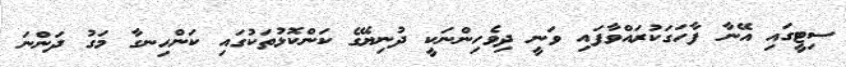
ސިޓީގައި އޭނާ ފާހަގަކުރައްވާފައި ވަނީ ދިވެހިންނަކީ ދުނިޔޭގެ ކަންކޮޅުތަކުގައި ކަންހިނގާ މަގު ދަންނަ